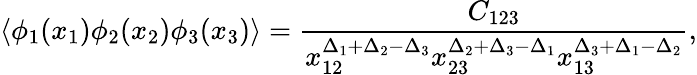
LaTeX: \langle\phi_{1}(x_{1})\phi_{2}(x_{2})\phi_{3}(x_{3})\rangle=\frac{C_{123}}{x_{12}^{\Delta_{1}+\Delta_{2}-\Delta_{3}}x_{23}^{\Delta_{2}+\Delta_{3}-\Delta_{1}}x_{13}^{\Delta_{3}+\Delta_{1}-\Delta_{2}}},